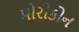
મોરીકોન